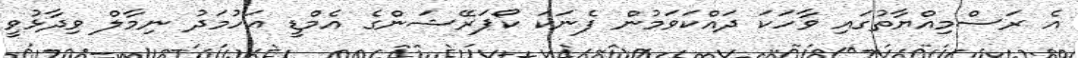
އެ ރަސްމިއްޔާތުގައި ވާހަކަ ދައްކަވަމުން ފެނަކަ ކޯޕަރޭޝަންގެ އެމްޑީ އަހުމަދު ނިމާލް ވިދާޅުވީ